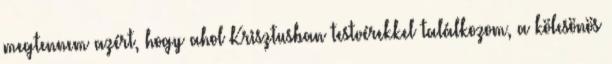
megtennem azért, hogy ahol Krisztusban testvérekkel találkozom, a kölcsönös